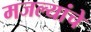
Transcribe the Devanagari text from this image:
मजल्यांचे